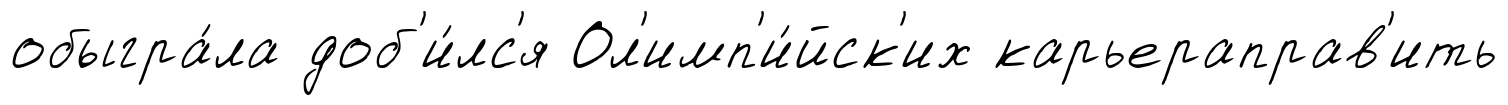
обыгра́ла доб'и́лс'я Ол'имп'и́йск'их карьераправ'ить